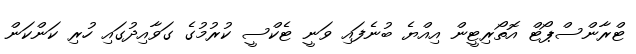
ޓްރާންސްޕޯޓް އޮތޯރިޓީން އިއްޔެ ބުނެފައި ވަނީ ޓެކްސީ ކުރުމުގެ ގަވާއިދުގައި ހުރި ކަންކަން